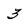
Character: 3